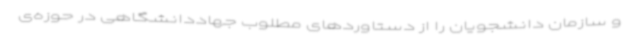
و سازمان دانشجویان را از دستاوردهای مطلوب جهاددانشگاهی در حوزه‌ی